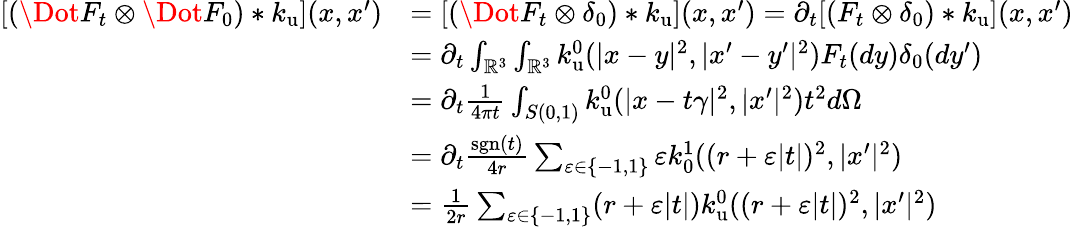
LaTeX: \begin{array}{rl}{[(\Dot{F}_{t}\otimes\Dot{F}_{0})*k_{\mathrm{u}}](x,x^{\prime})}&{=[(\Dot{F}_{t}\otimes\delta_{0})*k_{\mathrm{u}}](x,x^{\prime})=\partial_{t}[(F_{t}\otimes\delta_{0})*k_{\mathrm{u}}](x,x^{\prime})}\\ &{=\partial_{t}\int_{\mathbb{R}^{3}}\int_{\mathbb{R}^{3}}k_{\mathrm{u}}^{0}(|x-y|^{2},|x^{\prime}-y^{\prime}|^{2})F_{t}(dy)\delta_{0}(dy^{\prime})}\\ &{=\partial_{t}\frac{1}{4\pi t}\int_{S(0,1)}k_{\mathrm{u}}^{0}(|x-t\gamma|^{2},|x^{\prime}|^{2})t^{2}d\Omega}\\ &{=\partial_{t}\frac{\mathrm{sgn}(t)}{4r}\sum_{\varepsilon\in\{ -1,1\} }\varepsilon k_{0}^{1}((r+\varepsilon|t|)^{2},|x^{\prime}|^{2})}\\ &{=\frac{1}{2r}\sum_{\varepsilon\in\{ -1,1\} }(r+\varepsilon|t|)k_{\mathrm{u}}^{0}((r+\varepsilon|t|)^{2},|x^{\prime}|^{2})}\end{array}